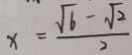
x = \frac { \sqrt { 6 } - \sqrt { 2 } } { 2 }